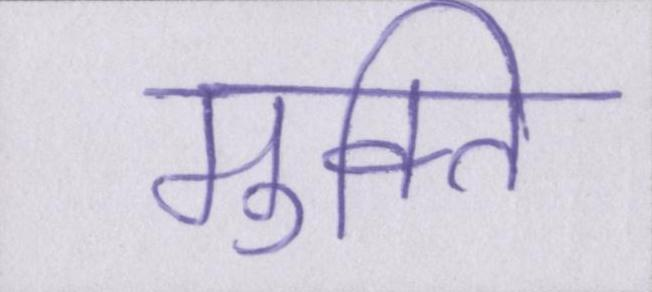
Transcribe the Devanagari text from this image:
मुक्ति